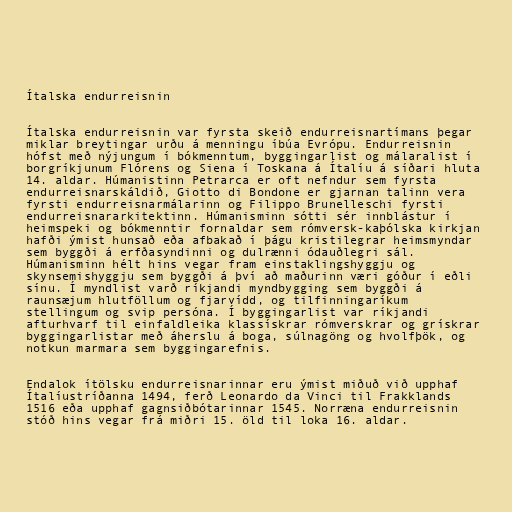
Ítalska endurreisnin

Ítalska endurreisnin var fyrsta skeið endurreisnartímans þegar
miklar breytingar urðu á menningu íbúa Evrópu. Endurreisnin
hófst með nýjungum í bókmenntum, byggingarlist og málaralist í
borgríkjunum Flórens og Siena í Toskana á Ítalíu á síðari hluta
14. aldar. Húmanistinn Petrarca er oft nefndur sem fyrsta
endurreisnarskáldið, Giotto di Bondone er gjarnan talinn vera
fyrsti endurreisnarmálarinn og Filippo Brunelleschi fyrsti
endurreisnararkitektinn. Húmanisminn sótti sér innblástur í
heimspeki og bókmenntir fornaldar sem rómversk-kaþólska kirkjan
hafði ýmist hunsað eða afbakað í þágu kristilegrar heimsmyndar
sem byggði á erfðasyndinni og dulrænni ódauðlegri sál.
Húmanisminn hélt hins vegar fram einstaklingshyggju og
skynsemishyggju sem byggði á því að maðurinn væri góður í eðli
sínu. Í myndlist varð ríkjandi myndbygging sem byggði á
raunsæjum hlutföllum og fjarvídd, og tilfinningaríkum
stellingum og svip persóna. Í byggingarlist var ríkjandi
afturhvarf til einfaldleika klassískrar rómverskrar og grískrar
byggingarlistar með áherslu á boga, súlnagöng og hvolfþök, og
notkun marmara sem byggingarefnis.

Endalok ítölsku endurreisnarinnar eru ýmist miðuð við upphaf
Ítalíustríðanna 1494, ferð Leonardo da Vinci til Frakklands
1516 eða upphaf gagnsiðbótarinnar 1545. Norræna endurreisnin
stóð hins vegar frá miðri 15. öld til loka 16. aldar.